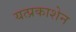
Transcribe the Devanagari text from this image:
यत्प्रकाशेन